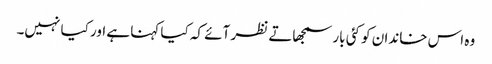
وہ اس خاندان کو کئی بار سمجھاتے نظر آئے کہ کیا کہنا ہے اور کیا نہیں۔